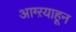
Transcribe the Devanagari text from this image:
आग्ऱयाहून